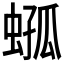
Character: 𧍆